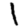
Digit: 1